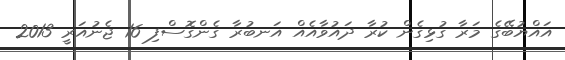
އައްޔުބޭގެ މަރާ ގުޅިގެން ކުރާ ދައުވާއެއް އަނބުރާ ގެންގޮސްފި 16 ޖެނުއަރީ 2013